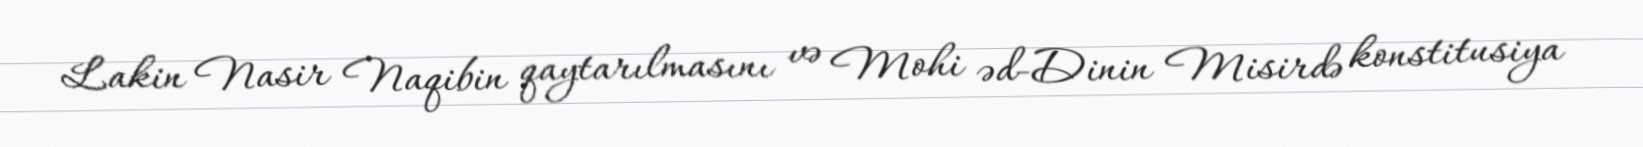
Lakin Nasir Naqibin qaytarılmasını və Mohi əd-Dinin Misirdə konstitusiya